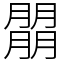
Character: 朤